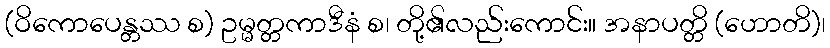
(ဝိကောပေန္တဿ စ) ဥမ္မတ္တကာဒီနံ စ၊ တို့၏လည်းကောင်း။ အနာပတ္တိ (ဟောတိ)၊